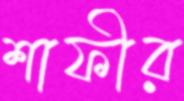
শাফীর